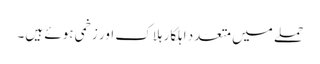
حملے میں متعدد اہلکار ہلاک اور زخمی ہوئے ہیں۔